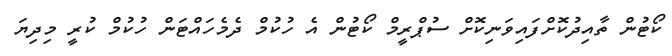
ކޯޓުން ތާއިދުކޮށްފައިވަނިކޮށް ސުޕްރީމް ކޯޓުން އެ ހުކުމް ދެމެހައްޓަން ހުކުމް ކުރީ މިދިޔަ